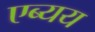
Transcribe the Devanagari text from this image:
एब्यय